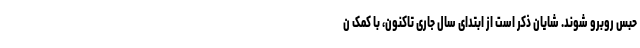
حبس روبرو شوند. شایان ذکر است از ابتدای سال جاری تاکنون، با کمک ن